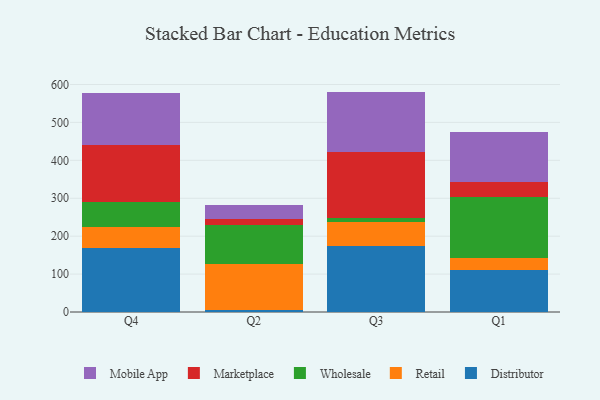
{"axis": {"x": "Quarter", "y": "Market Share (%)"}, "legend": ["Distributor", "Marketplace", "Mobile App", "Retail", "Wholesale"], "data": [{"x": "Q4", "y": 167.5, "type": "Distributor"}, {"x": "Q4", "y": 56.4, "type": "Retail"}, {"x": "Q4", "y": 65.1, "type": "Wholesale"}, {"x": "Q4", "y": 150.8, "type": "Marketplace"}, {"x": "Q4", "y": 138.2, "type": "Mobile App"}, {"x": "Q2", "y": 5.9, "type": "Distributor"}, {"x": "Q2", "y": 120.0, "type": "Retail"}, {"x": "Q2", "y": 104.2, "type": "Wholesale"}, {"x": "Q2", "y": 13.9, "type": "Marketplace"}, {"x": "Q2", "y": 38.1, "type": "Mobile App"}, {"x": "Q3", "y": 173.8, "type": "Distributor"}, {"x": "Q3", "y": 63.5, "type": "Retail"}, {"x": "Q3", "y": 11.3, "type": "Wholesale"}, {"x": "Q3", "y": 173.8, "type": "Marketplace"}, {"x": "Q3", "y": 158.9, "type": "Mobile App"}, {"x": "Q1", "y": 110.0, "type": "Distributor"}, {"x": "Q1", "y": 33.7, "type": "Retail"}, {"x": "Q1", "y": 160.5, "type": "Wholesale"}, {"x": "Q1", "y": 38.9, "type": "Marketplace"}, {"x": "Q1", "y": 132.8, "type": "Mobile App"}]}